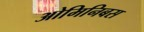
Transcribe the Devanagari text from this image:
ओमिनिबस